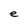
Character: e